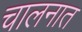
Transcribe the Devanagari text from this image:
चालनात